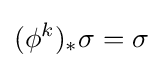
(\phi ^{k})_{*}\sigma =\sigma